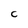
Character: C